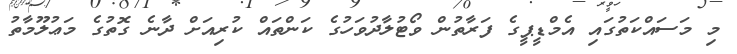
މި މަސައްކަތުގައި އެމްޑީޕީގެ ފަރާތުން ވޯޓުލާދުވަހުގެ ކަންތައް ކުރިއަށް ދާނެ ގޮތުގެ މަޢުލޫމާތު